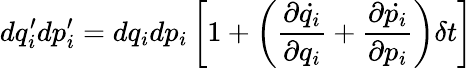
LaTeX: dq_{i}^{\prime}dp_{i}^{\prime}=dq_{i}dp_{i}\left[1+\left({\frac{\partial{\dot{q_{i}}}}{\partial q_{i}}}+{\frac{\partial{\dot{p_{i}}}}{\partial p_{i}}}\right)\delta t\right]